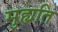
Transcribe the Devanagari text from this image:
मुह्यति